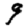
Digit: 9